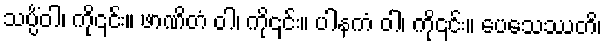
သပ္ပိံဝါ၊ ကို၎င်း။ ဖာဏိတံ ဝါ၊ ကို၎င်း။ ပါနကံ ဝါ၊ ကို၎င်း။ ပေသေဿတိ၊